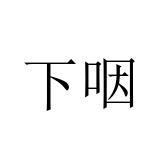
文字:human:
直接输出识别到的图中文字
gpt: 下咽